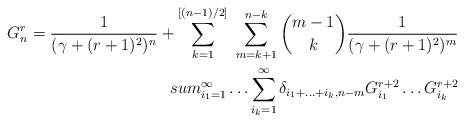
LaTeX: \begin{align*}G_n^r = \frac{1}{(\gamma + (r+1)^2 )^n } +\sum_{k=1}^{[(n-1)/2]} \ \sum_{m=k+1}^{n-k} { m-1 \choose k }\frac{1}{(\gamma + (r+1)^2 )^m } \\sum_{i_1 =1}^{\infty } \ldots \sum_{i_k =1}^{\infty }\delta_{i_1 + \ldots +i_k , n-m}G_{i_1 }^{r+2} \ldots G_{i_k }^{r+2}\end{align*}